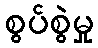
စွပ်စွဲမှု